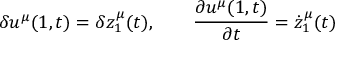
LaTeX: \delta u ^ { \mu } ( 1 , t ) = \delta z _ { 1 } ^ { \mu } ( t ) , \qquad \frac { \partial u ^ { \mu } ( 1 , t ) } { \partial t } = \dot { z } _ { 1 } ^ { \mu } ( t )